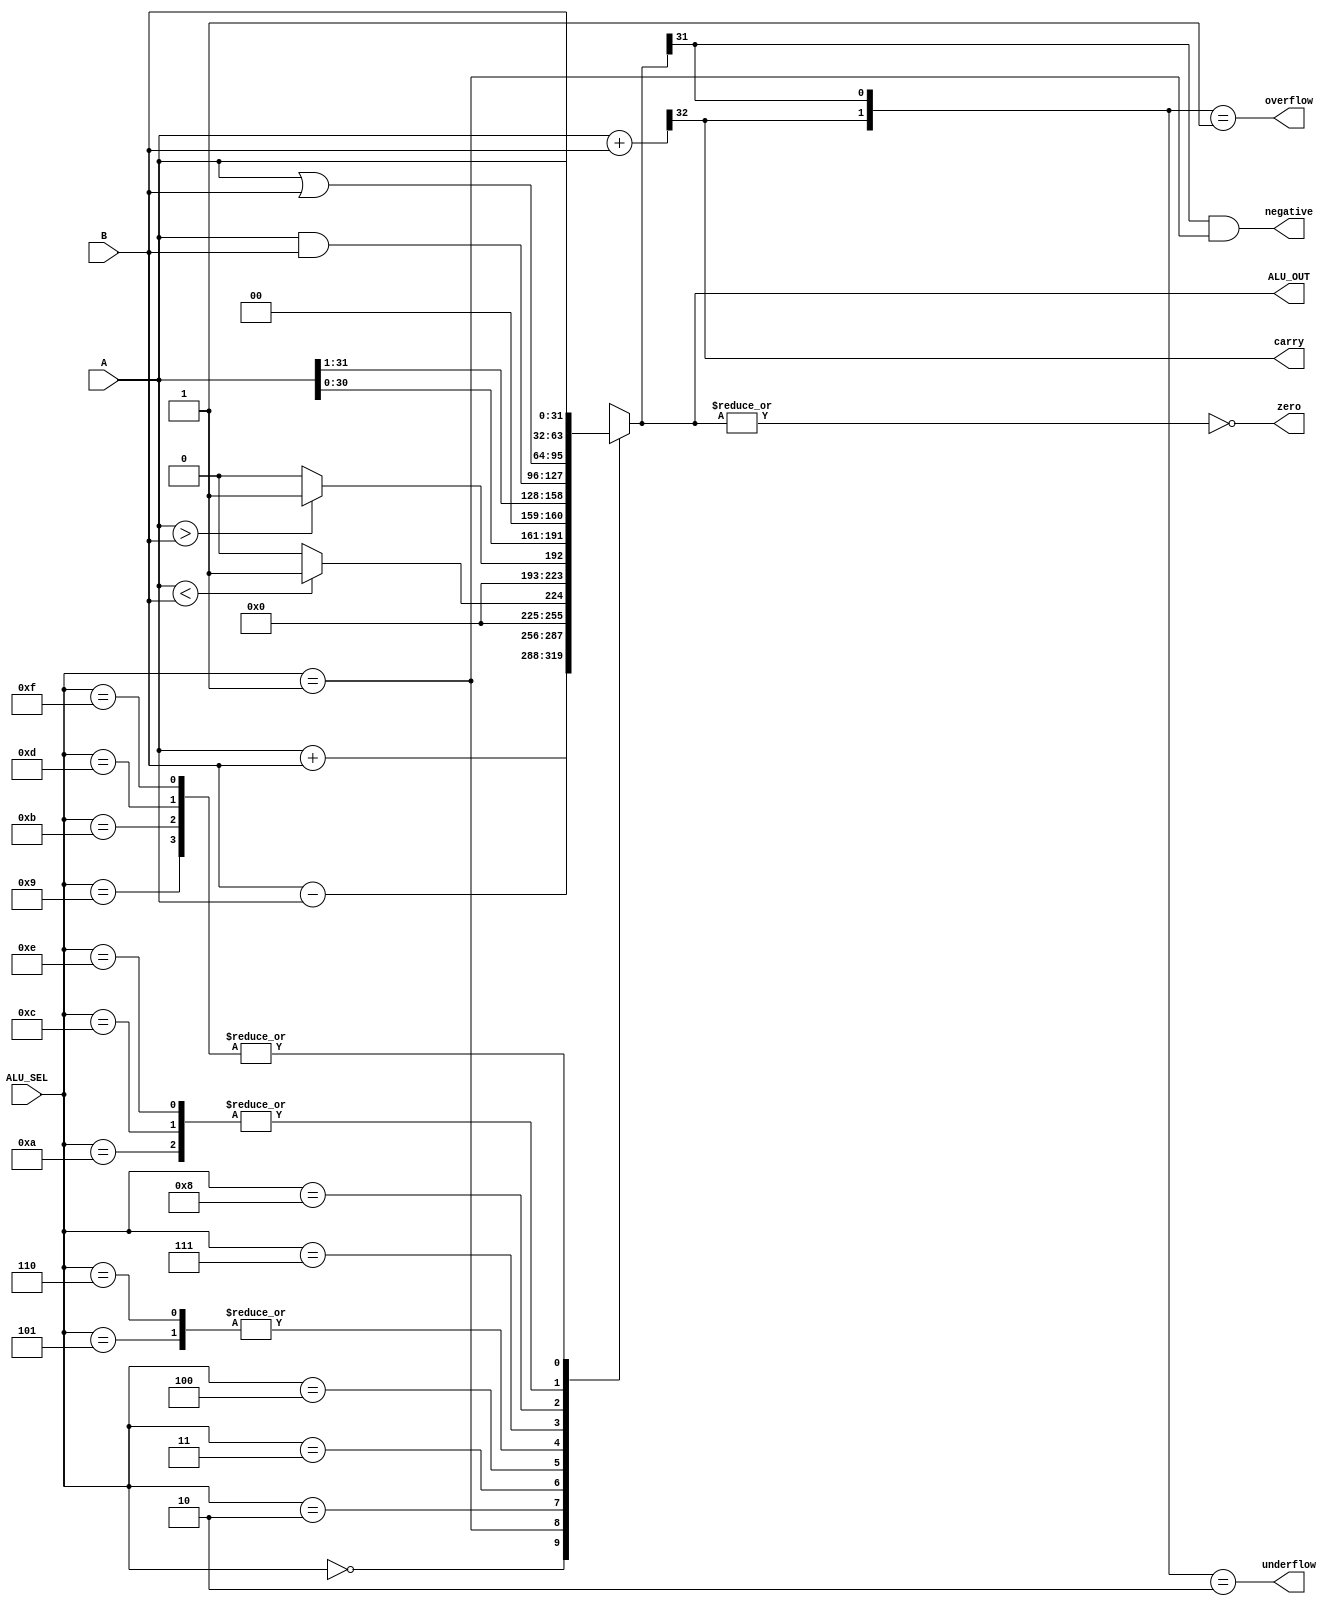
`timescale 1ns / 1ps

module ALU_32bit( 
//port declarations
                input [3:0]ALU_SEL,
                input [31:0]A,B,
                output reg [31:0]ALU_OUT,
                output  carry,
	        output  zero,negative,overflow,underflow

        );
		
		wire [32:0] tmp;
		assign tmp = {1'b0,A} + {1'b0,B};
                assign carry = tmp[32]; // Carryout flag
		assign zero = ~(|ALU_OUT); //zero flag
		assign negative = (ALU_OUT[31] == 1 && (ALU_SEL == 4'b0001));
		assign overflow = ({carry,ALU_OUT[31]} == 2'b01);
		assign underflow = ({carry,ALU_OUT[31]} == 2'b10);
		
	always@(*)
	begin
	
	case(ALU_SEL)
	
		  4'b0000: // AdditionOK
           ALU_OUT <= A + B ; 
		   
        4'b0001: // SubtractionOK
           ALU_OUT <= B - A ;
		   
        4'b0010: // setlessthan
           ALU_OUT <= (A<B)?32'd1:32'd0;
           
        4'b0011: // setlessthan unsigned
           ALU_OUT <= (A>B)?32'd1:32'd0;
           
        4'b0100: // Logical shift left
           ALU_OUT <= A<<1;
		   
        4'b0101: // Logical shift right
           ALU_OUT <= A>>1;
		   
        4'b0110: // shiftrightarithmetic(if the bits are signed,otherwise it is same as right shift)
           ALU_OUT <= A>>>1;
		    
        4'b0111: // logicl and 
           ALU_OUT <= A & B;
		   
        4'b1000: //  Logical or 
           ALU_OUT <= A | B;
		   
        4'b1001: //  Logical xor 
           ALU_OUT <= A ;
		   
        4'b1010: //  extra
           ALU_OUT <= B;
		   
        4'b1011: //  extra 
           ALU_OUT <= A ;
		   
        4'b1100: // extra
           ALU_OUT <=  B ;
		   
        4'b1101: // extra
           ALU_OUT <= A ;
		   
        4'b1110: // extra
           ALU_OUT <= B ;
		   
        4'b1111: // extra
           ALU_OUT <= A ; 
		   
          default: ALU_OUT <= A + B; 
        endcase
    end

endmodule